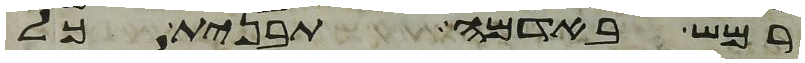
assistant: רמש באדמה תבנית כל